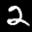
Label: 2